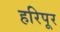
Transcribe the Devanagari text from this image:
हरिपूर